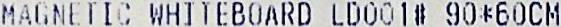
MAGNETIC WHITEBOARD LD001# 90*60CM